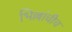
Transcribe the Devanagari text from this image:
भिल्लांचीच